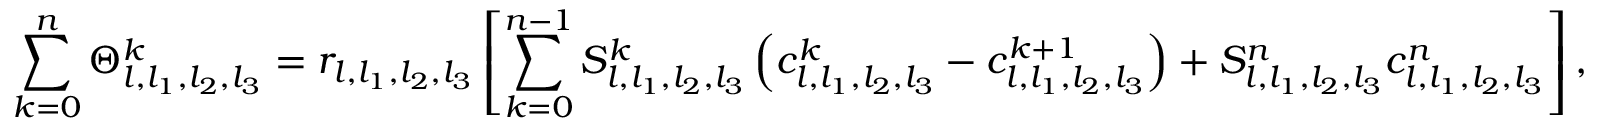
\sum _ { k = 0 } ^ { n } \Theta _ { l , l _ { 1 } , l _ { 2 } , l _ { 3 } } ^ { k } = r _ { l , l _ { 1 } , l _ { 2 } , l _ { 3 } } \left[ \sum _ { k = 0 } ^ { n - 1 } S _ { l , l _ { 1 } , l _ { 2 } , l _ { 3 } } ^ { k } \left( c _ { l , l _ { 1 } , l _ { 2 } , l _ { 3 } } ^ { k } - c _ { l , l _ { 1 } , l _ { 2 } , l _ { 3 } } ^ { k + 1 } \right) + S _ { l , l _ { 1 } , l _ { 2 } , l _ { 3 } } ^ { n } c _ { l , l _ { 1 } , l _ { 2 } , l _ { 3 } } ^ { n } \right] ,